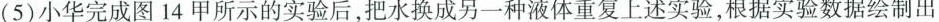
(5)小华完成图14甲所示的实验后，把水换成另一种液体重复上述实验，根据实验数据绘制出